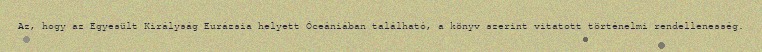
Az, hogy az Egyesült Királyság Eurázsia helyett Óceániában található, a könyv szerint vitatott történelmi rendellenesség.